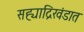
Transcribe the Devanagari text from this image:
सह्याद्रिखंडात